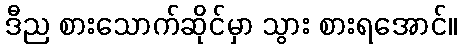
ဒီည စားသောက်ဆိုင်မှာ သွား စားရအောင်။